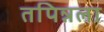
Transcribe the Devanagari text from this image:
तपिन्नला